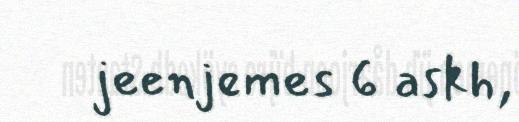
jeenjemes 6 askh,